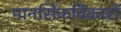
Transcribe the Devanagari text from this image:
मानसिकविकारों